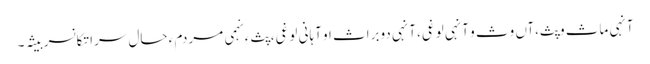
آنہی ماث وپث،آں وث و آنہی لوغی، آنہی دوبراث او آہانی لوغی، پث ءِ نہمی مردم ءِ حال سرا تکانسر بیثہ۔